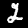
Label: 2